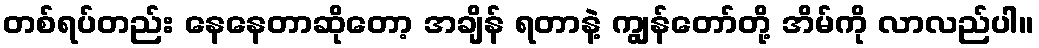
တစ်ရပ်တည်း နေနေတာဆိုတော့ အချိန် ရတာနဲ့ ကျွန်တော်တို့ အိမ်ကို လာလည်ပါ။